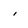
Character: i